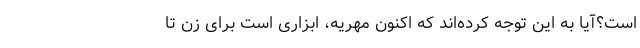
است؟آیا به این توجه کرده‌اند که اکنون مهریه، ابزاری است برای زن تا